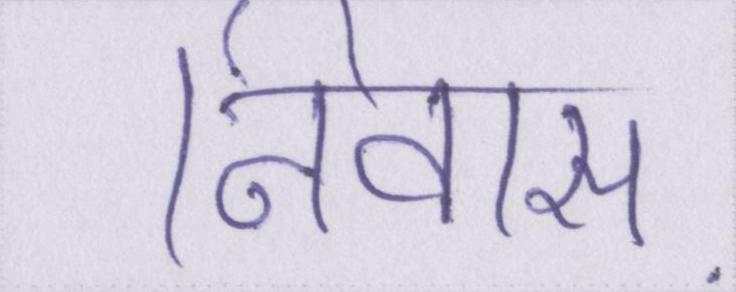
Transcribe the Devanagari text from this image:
निवास